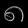
Digit: ၈